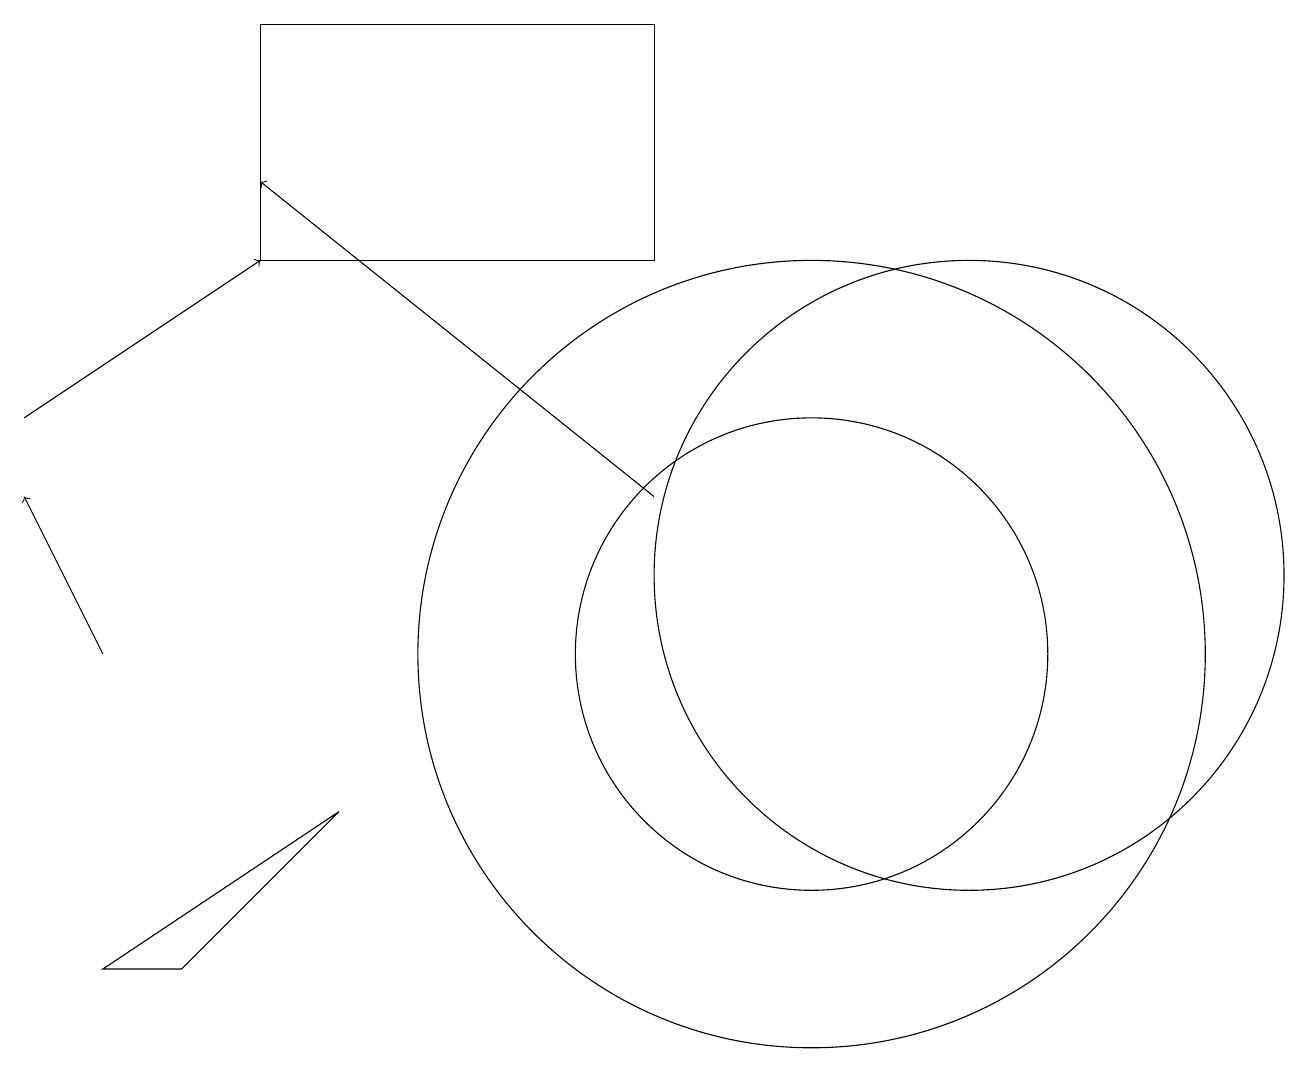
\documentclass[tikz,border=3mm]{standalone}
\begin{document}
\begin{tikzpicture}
\draw (12,11) circle (4);
\draw[->] (8,12) -- (3,16);
\draw[->] (0,13) -- (3,15);
\draw (10,10) circle (5);
\draw (8,18) rectangle (3,15);
\draw (1,6) -- (4,8) -- (2,6) -- cycle;
\draw (10,10) circle (3);
\draw[->] (1,10) -- (0,12);
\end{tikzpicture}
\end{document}